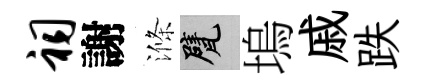
祠謝滌甓塢戚跌